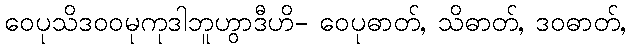
ဝေပုသိဒဝဝမုကုဒါဘူဟွာဒီဟိ- ဝေပုဓာတ်, သိဓာတ်, ဒဝဓာတ်,